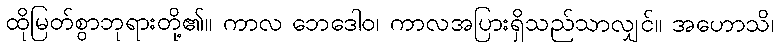
ထိုမြတ်စွာဘုရားတို့၏။ ကာလ ဘေဒေါဝ၊ ကာလအပြားရှိသည်သာလျှင်။ အဟောသိ၊